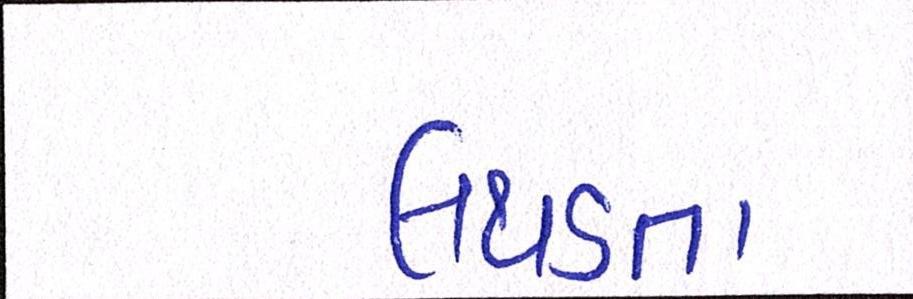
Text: લથડતા